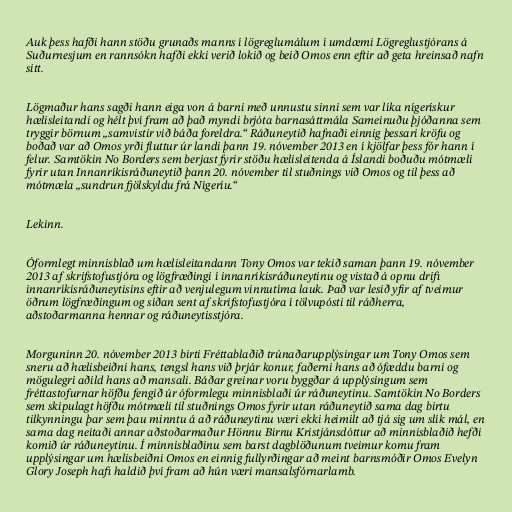
Auk þess hafði hann stöðu grunaðs manns í lögreglumálum í umdæmi Lögreglustjórans á
Suðurnesjum en rannsókn hafði ekki verið lokið og beið Omos enn eftir að geta hreinsað nafn
sitt.

Lögmaður hans sagði hann eiga von á barni með unnustu sinni sem var líka nígerískur
hælisleitandi og hélt því fram að það myndi brjóta barnasáttmála Sameinuðu þjóðanna sem
tryggir börnum „samvistir við báða foreldra.“ Ráðuneytið hafnaði einnig þessari kröfu og
boðað var að Omos yrði fluttur úr landi þann 19. nóvember 2013 en í kjölfar þess fór hann í
felur. Samtökin No Borders sem berjast fyrir stöðu hælisleitenda á Íslandi boðuðu mótmæli
fyrir utan Innanríkisráðuneytið þann 20. nóvember til stuðnings við Omos og til þess að
mótmæla „sundrun fjölskyldu frá Nígeríu.“

Lekinn.

Óformlegt minnisblað um hælisleitandann Tony Omos var tekið saman þann 19. nóvember
2013 af skrifstofustjóra og lögfræðingi í innanríkisráðuneytinu og vistað á opnu drifi
innanríkisráðuneytisins eftir að venjulegum vinnutíma lauk. Það var lesið yfir af tveimur
öðrum lögfræðingum og síðan sent af skrifstofustjóra í tölvupósti til ráðherra,
aðstoðarmanna hennar og ráðuneytisstjóra.

Morguninn 20. nóvember 2013 birti Fréttablaðið trúnaðarupplýsingar um Tony Omos sem
sneru að hælisbeiðni hans, tengsl hans við þrjár konur, faðerni hans að ófæddu barni og
mögulegri aðild hans að mansali. Báðar greinar voru byggðar á upplýsingum sem
fréttastofurnar höfðu fengið úr óformlegu minnisblaði úr ráðuneytinu. Samtökin No Borders
sem skipulagt höfðu mótmæli til stuðnings Omos fyrir utan ráðuneytið sama dag birtu
tilkynningu þar sem þau minntu á að ráðuneytinu væri ekki heimilt að tjá sig um slík mál, en
sama dag neitaði annar aðstoðarmaður Hönnu Birnu Kristjánsdóttur að minnisblaðið hefði
komið úr ráðuneytinu. Í minnisblaðinu sem barst dagblöðunum tveimur komu fram
upplýsingar um hælisbeiðni Omos en einnig fullyrðingar að meint barnsmóðir Omos Evelyn
Glory Joseph hafi haldið því fram að hún væri mansalsfórnarlamb.